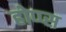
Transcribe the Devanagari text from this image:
होप्प्स